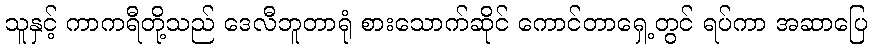
သူနှင့် ကာကရီတို့သည် ဒေလီဘူတာရုံ စားသောက်ဆိုင် ကောင်တာရှေ့တွင် ရပ်ကာ အဆာပြေ